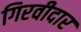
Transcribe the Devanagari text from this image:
गिरवीदार